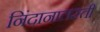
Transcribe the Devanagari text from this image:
निंदानालस्ती